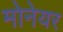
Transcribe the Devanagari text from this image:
मोनेयर